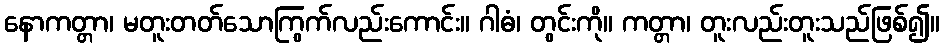
နောကတ္တာ၊ မတူးတတ်သောကြွက်လည်းကောင်း။ ဂါဓံ၊ တွင်းကို။ ကတ္တာ၊ တူးလည်းတူးသည်ဖြစ်၍။